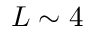
L \sim 4